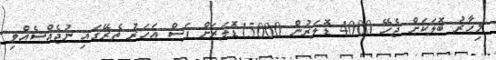
މިހާރު ބޮލަކަށް ޖެހޭ 4000 ޑޮލަރުން 15000ޑޮލަރަށް ފަސް އަހަރު ތެރޭގައި ނުޖެއްސެއްވި